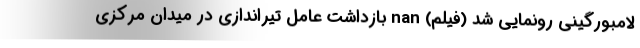
لامبورگینی رونمایی شد (فیلم) nan بازداشت عامل تیراندازی در میدان مرکزی